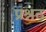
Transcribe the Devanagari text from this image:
प्रश्नठ